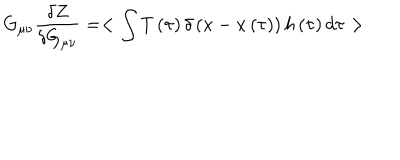
G _ { \mu \nu } { \frac { \delta Z } { \delta G _ { \mu \nu } } } = < \int { T \left( \tau \right) \delta \left( x - x \left( \tau \right) \right) h \left( \tau \right) d \tau } >